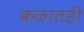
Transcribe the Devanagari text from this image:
कळातही